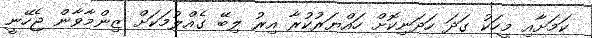
ކަމަށާއި މީހަކު ގަދަ ހަދަނިކޮށް ހައްޔަރުކުރާ އިރު ލިބޭ ގެއްލުމަކަށް ޒިންމާވާން ޖެހޭނީ